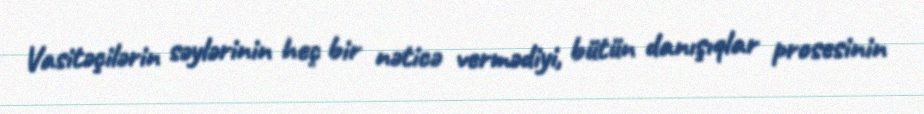
Vasitəçilərin səylərinin heç bir nəticə vermədiyi, bütün danışıqlar prosesinin